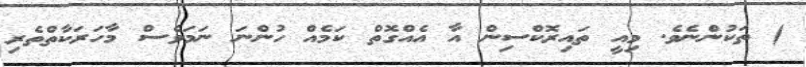
) ތަކުންނެވެ. މިއީ ތައިރޮކްސިން އާ އެއްގޮތް ކަމެއް ހުންނަ ނަމަވެސް މާހަރަކާތްތެރި